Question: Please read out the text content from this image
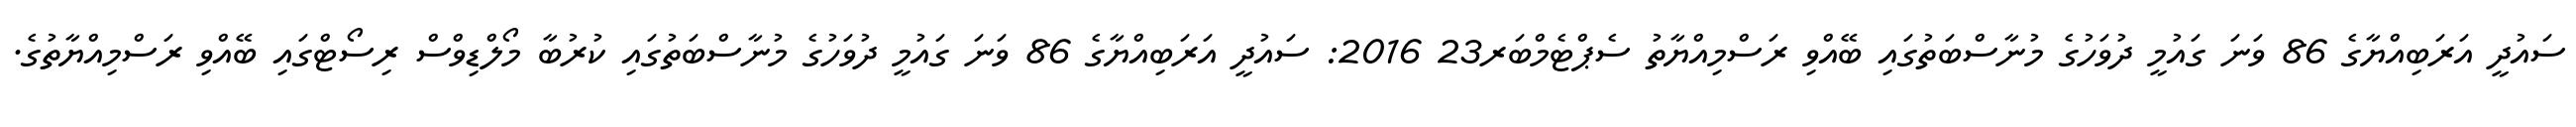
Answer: ސައުދީ އަރަބިއްޔާގެ 86 ވަނަ ގައުމީ ދުވަހުގެ މުނާސްބަތުގައި ބޭއްވި ރަސްމިއްޔާތު ސެޕްޓެމްބަރ23 2016: ސައުދީ އަރަބިއްޔާގެ 86 ވަނަ ގައުމީ ދުވަހުގެ މުނާސްބަތުގައި ކުރުބާ މޯލްޑިވްސް ރިސޯޓްގައި ބޭއްވި ރަސްމިއްޔާތުގެ.